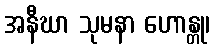
အနီဃာ သုမနာ ဟောန္တု၊